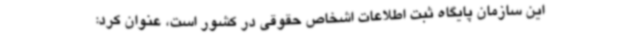
این سازمان پایگاه ثبت اطلاعات اشخاص حقوقی در کشور است، عنوان کرد: